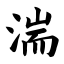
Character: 湍